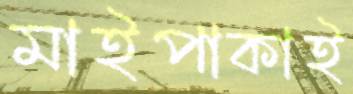
মাইপাকাই